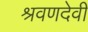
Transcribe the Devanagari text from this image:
श्रवणदेवी